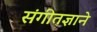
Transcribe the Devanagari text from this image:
संगीतज्ञाने